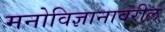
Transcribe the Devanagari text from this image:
मनोविज्ञानावरील